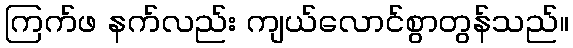
ကြက်ဖ နက်လည်း ကျယ်လောင်စွာတွန်သည်။